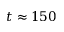
t \approx 1 5 0